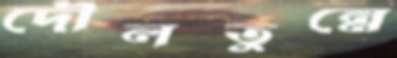
দৌলতুন্নে